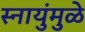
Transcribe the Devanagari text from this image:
स्नायुंमुळे